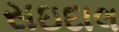
સઇદાલ